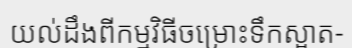
យល់ដឹងពីកម្មវិធីចម្រោះទឹកស្អាត-